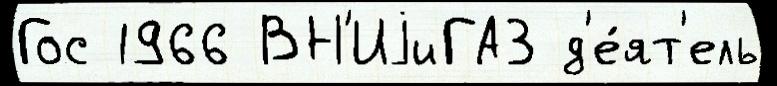
Гос 1966 ВН'ИjиГАЗ д'е́ят'ель